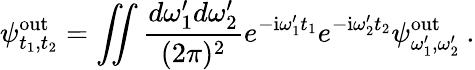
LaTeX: \psi_{t_{1},t_{2}}^{\mathrm{out}}=\iint\frac{d\omega_{1}^{\prime}d\omega_{2}^{\prime}}{(2\pi)^{2}}e^{-\mathrm{i}\omega_{1}^{\prime}t_{1}}e^{-\mathrm{i}\omega_{2}^{\prime}t_{2}}\psi_{\omega_{1}^{\prime},\omega_{2}^{\prime}}^{\mathrm{out}}\: .